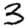
Digit: 3